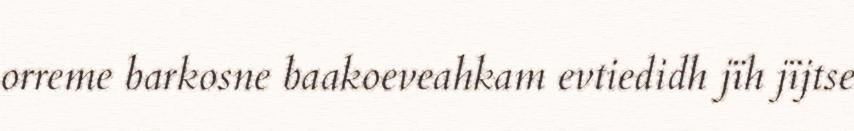
orreme barkosne baakoeveahkam evtiedidh jïh jïjtse